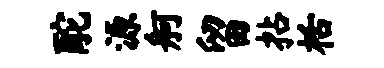
酡源舸留拈栝